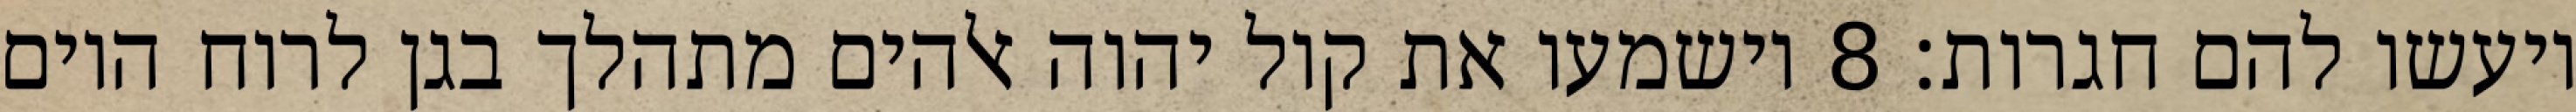
ויעשו להם חגרות׃ ‎8‏ וישמעו את קול יהוה אלהים מתהלך בגן לרוח היום